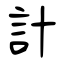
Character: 計